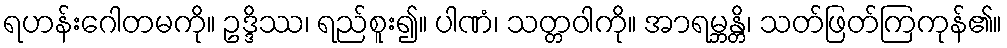
ရဟန်းဂေါတမကို။ ဥဒ္ဒိဿ၊ ရည်စူး၍။ ပါဏံ၊ သတ္တဝါကို။ အာရမ္ဘန္တိ၊ သတ်ဖြတ်ကြကုန်၏။